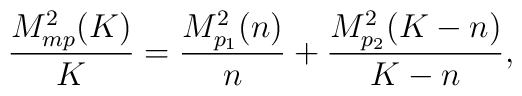
\frac{M^2_{mp}(K)}{K}=\frac{M^2_{p_1}(n)}{n}+\frac{M^2_{p_2}(K-n)}{K-n},